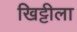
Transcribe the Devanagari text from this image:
खिट्टीला